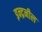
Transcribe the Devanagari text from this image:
इन्द्रनील